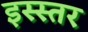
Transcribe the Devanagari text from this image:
इस्स्तर